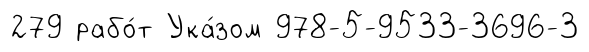
279 рабо́т Ука́зом 978-5-9533-3696-3